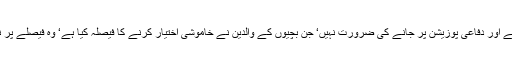
اس میں شرمانے اور دفاعی پوزیشن پر جانے کی ضرورت نہیں‘ جن بچیوں کے والدین نے خاموشی اختیار کرنے کا فیصلہ کیا ہے‘ وہ فیصلے پر نظرثانی کریں۔